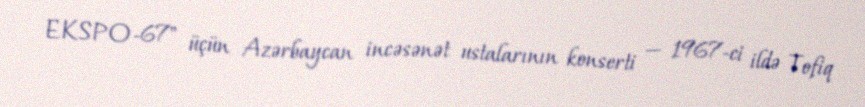
EKSPO-67" üçün Azərbaycan incəsənət ustalarının konserti — 1967-ci ildə Tofiq